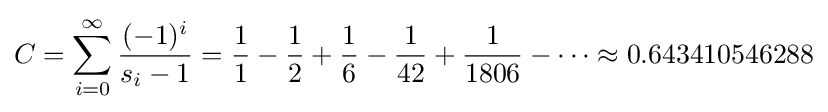
C=\sum _{i=0}^{\infty }{\frac {(-1)^{i}}{s_{i}-1}}={\frac {1}{1}}-{\frac {1}{2}}+{\frac {1}{6}}-{\frac {1}{42}}+{\frac {1}{1806}}-\cdots \approx 0.643410546288